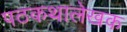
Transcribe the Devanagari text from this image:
पठकथालेखक